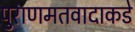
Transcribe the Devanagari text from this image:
पुराणमतवादाकडे